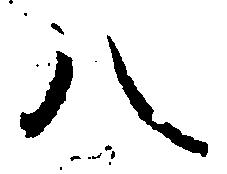
八